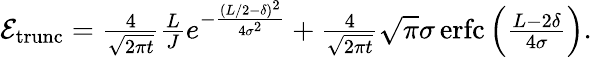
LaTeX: \begin{array}{r}{\mathcal{E}_{\mathrm{trunc}}=\frac{4}{\sqrt{2\pi t}}\frac{L}{J}e^{-\frac{(L/2-\delta)^{2}}{4\sigma^{2}}}+\frac{4}{\sqrt{2\pi t}}\sqrt{\pi}\sigma\operatorname{erfc}\Big(\frac{L-2\delta}{4\sigma}\Big).}\end{array}